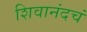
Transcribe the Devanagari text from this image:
शिवानंदचं